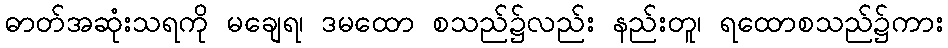
ဓာတ်အဆုံးသရကို မချေရ၊ ဒမထော စသည်၌လည်း နည်းတူ၊ ရထောစသည်၌ကား